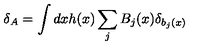
\delta _ { A } = \int d x h ( x ) \sum _ { j } B _ { j } ( x ) \delta _ { b _ { j } ( x ) }